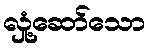
လှုံ့ဆော်သော